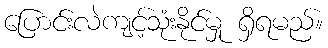
ပြောင်းလဲကျင့်သုံးနိုင်မှု ရှိရမည်။